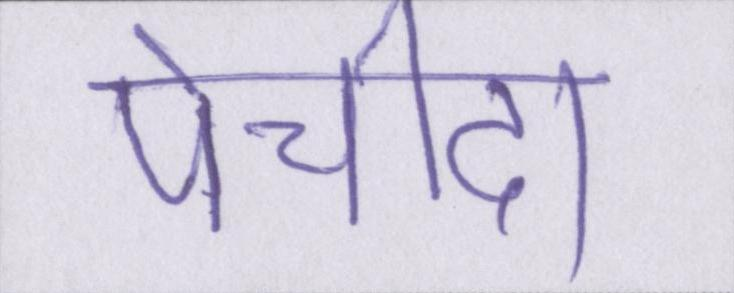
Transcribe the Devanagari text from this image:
पेचीदा